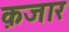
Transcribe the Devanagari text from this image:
क़जार